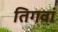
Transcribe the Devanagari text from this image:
तिगवां